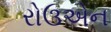
રોઉએન